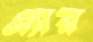
এ্যার